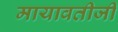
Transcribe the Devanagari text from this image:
मायावतीजी